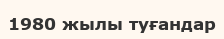
1980 жылы туғандар